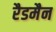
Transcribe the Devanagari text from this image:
रैडमैन